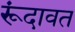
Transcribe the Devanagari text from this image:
रूंदावत